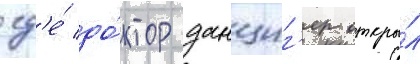
гд'е́ до́ктор данциг'ер откры́л